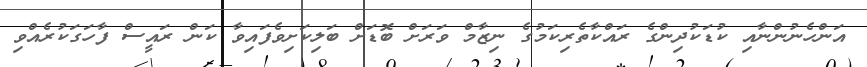
އަންހެނުންނާއި ކުޑަކުދިންގެ ރައްކާތެރިކަމުގެ ނިޒާމް ވަރަށް ބޮޑަށް ބަލިކަށިވެފައިވާ ކަން ރައީސް ފާހަގަކުރެއްވި